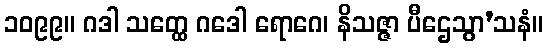
၁၀၉၉။ ဂဒါ သတ္ထေ ဂဒေါ ရောဂေ၊ နိသဇ္ဇာ ပီဌေသွာ’သနံ။